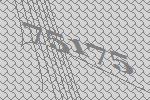
75175